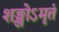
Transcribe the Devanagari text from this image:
शङ्खोऽमृतं